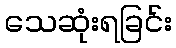
သေဆုံးရခြင်း